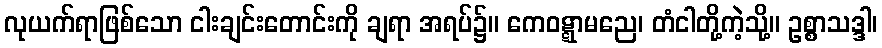
လုယက်ရာဖြစ်သော ငါးချင်းတောင်းကို ချရာ အရပ်၌။ ကေဝဋ္ဋာမညေ၊ တံငါတို့ကဲ့သို့။ ဥစ္စာသဒ္ဒါ၊